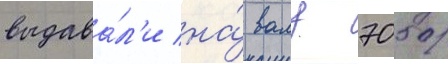
выдава́л'и на́ валу 7050